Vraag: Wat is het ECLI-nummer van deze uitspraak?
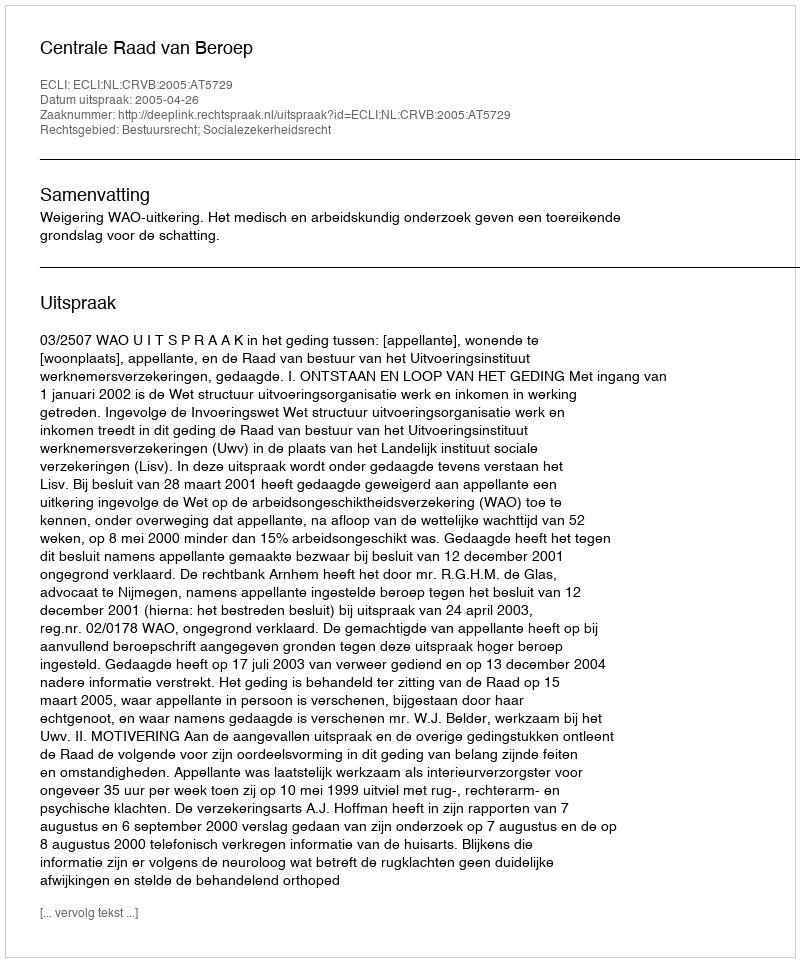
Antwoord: ECLI:NL:CRVB:2005:AT5729